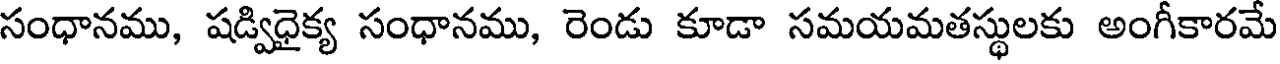
సంధానము, షడ్విధైక్య సంధానము, రెండు కూడా సమయమతస్థులకు అంగీకారమే